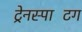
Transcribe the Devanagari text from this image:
ट्रेनस्पाटिंग